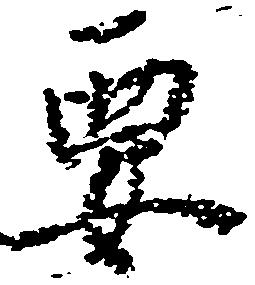
要